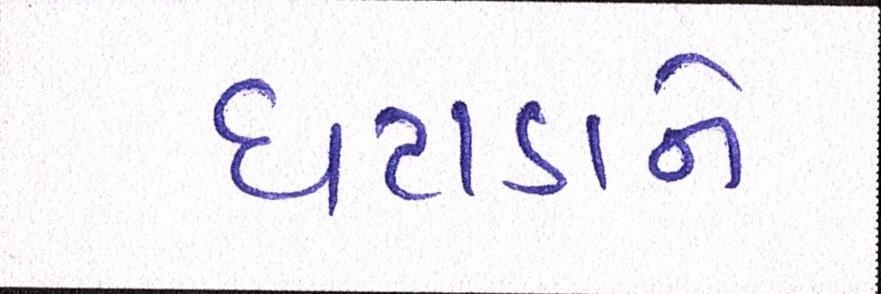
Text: ઘટાડાને